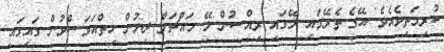
ކުރިމަތިވެއެވެ. އޭގެ ތެރޭގައި މޭގައި ރިއްސުން ލޭ މައްޗަށް ދިޔުން ހިތްއަވަސްވުން ގައިގައި